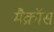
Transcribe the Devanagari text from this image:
मैक्रॉस